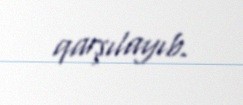
qarşılayıb.